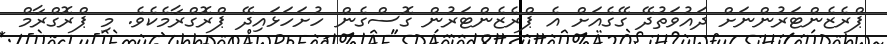
ޕްރެޒެންޓަރުންނަށް ދައުވަތުދޭ ގޭގެއަށް އެ ޕްރެޒެންޓަރުން ގޮސްގެން ހުށަހަޅައިދޭ ޕްރޮގްރާމެކެވެ. މި ޕްރޮގްރާމް